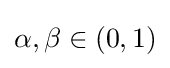
\alpha ,\beta \in (0,1)